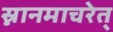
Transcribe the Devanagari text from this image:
स्नानमाचरेत्